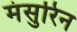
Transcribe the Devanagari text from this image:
मंसुरिन